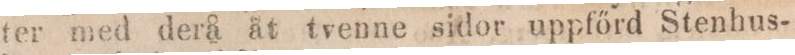
ter med derå åt tvenne sidor uppfőrd Stenhus-